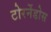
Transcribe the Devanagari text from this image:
टोरर्नेडोस